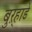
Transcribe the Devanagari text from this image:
बुऱ्हाडे